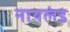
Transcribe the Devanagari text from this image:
नायलंड